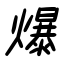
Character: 爆